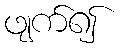
ဖျက်၍